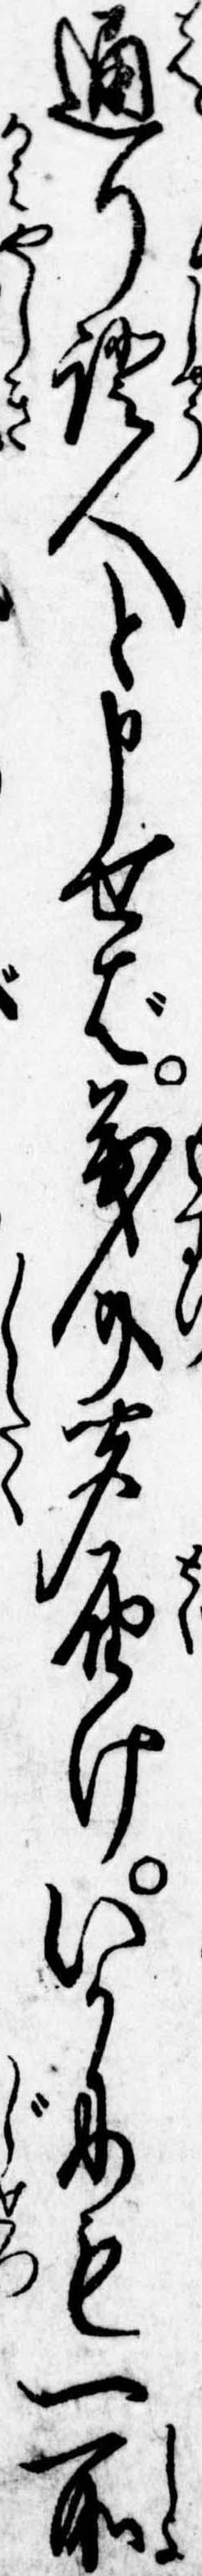
通り証人と申せば茂介聞届けいかにも一所